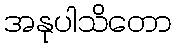
အနုပါသိတော